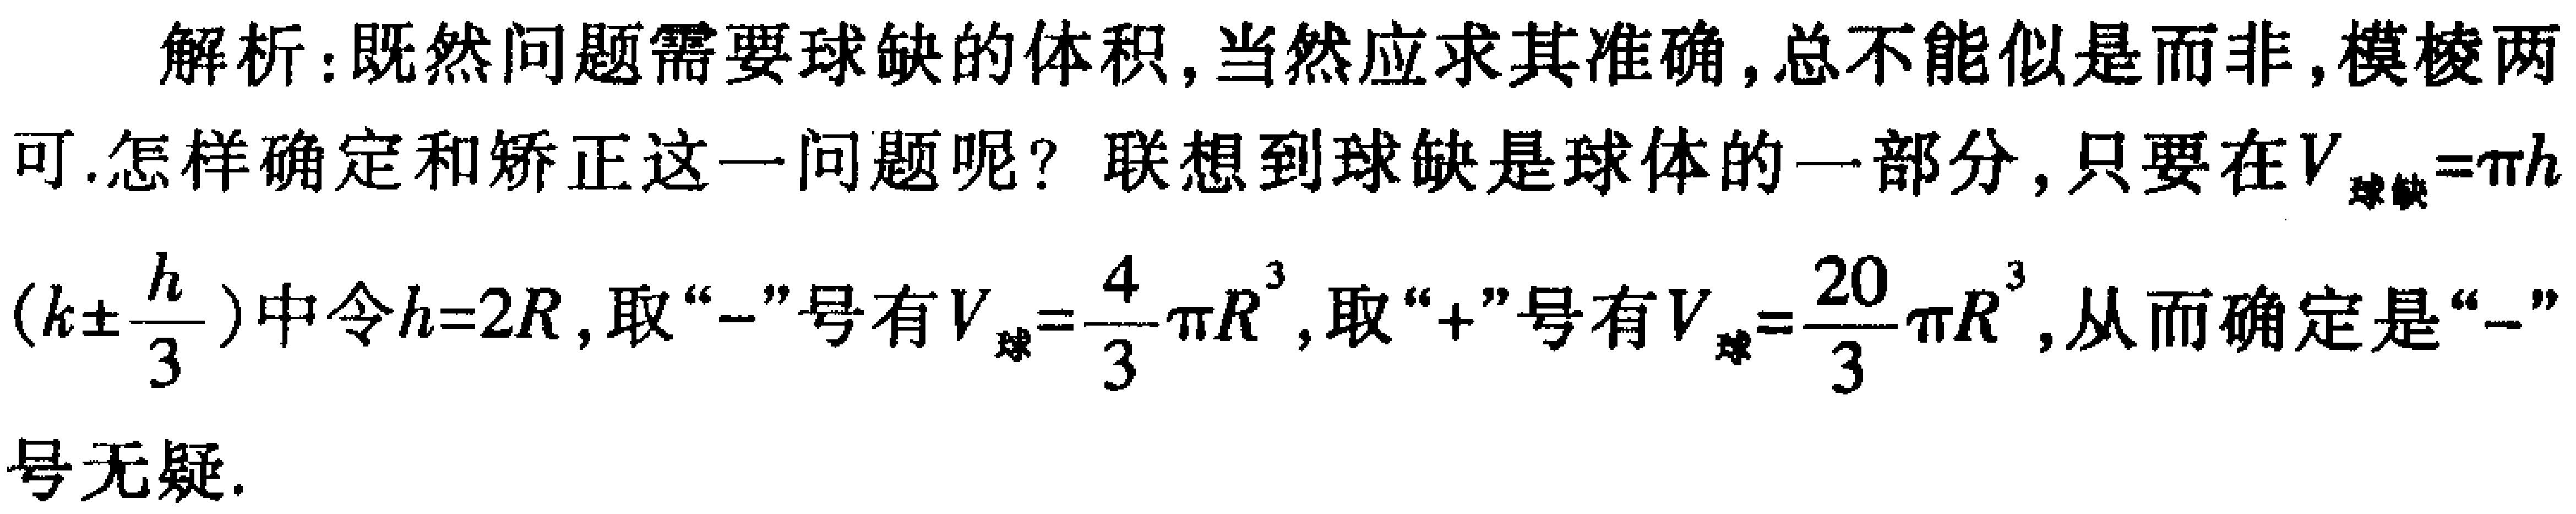
解析：既然问题需要球缺的体积, 当然应求其准确, 总不能似是而非, 模棱两可.怎样确定和矫正这一问题呢？联想到球缺是球体的一部分, 只要在\(V_{球缺}=\pi h(k\pm\frac{h}{3})\)中令\(h = 2R\), 取“\(-\)”号有\(V_{球}=\frac{4}{3}\pi R^{3}\), 取“\(+\)”号有\(V_{球}=\frac{20}{3}\pi R^{3}\), 从而确定是“\(-\)”号无疑.